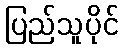
ပြည်သူပိုင်